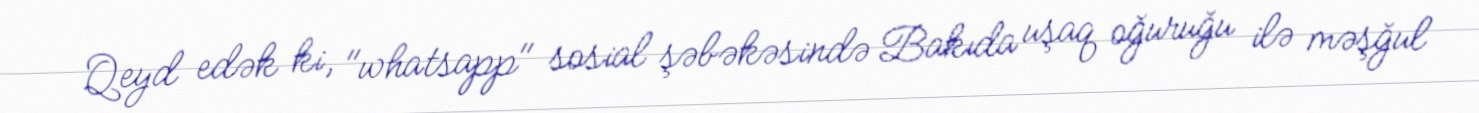
Qeyd edək ki, "whatsapp" sosial şəbəkəsində Bakıda uşaq oğuruğu ilə məşğul